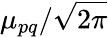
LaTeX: \mu_{pq}/\sqrt{2\pi}